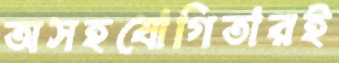
অসহযোগিতারই